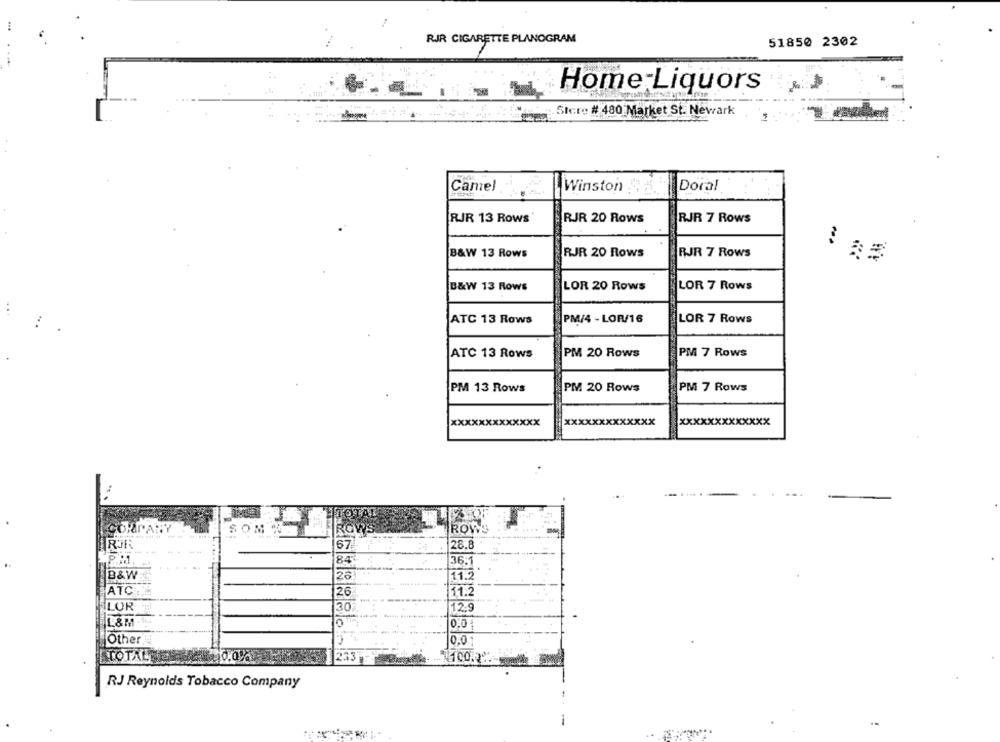
RJR CIGARETTE PLANOGRAM
51850 2302
Home Liquors
Sicre # 480 Market St. Newark
Canel
Winston
Doral
RJR 13 Rows
RJR 20 Rows
RJR 7 Rows
B&W 13 Rows
RJR 20 Rows
RJR 7 Rows
B&W 13 Rows
LOR 20 Rows
LOR 7 Rows
ATC 13 Rows
PM/4 - LOR/16
LOR 7 Rows
ATC 13 Rows
PM 20 Rows
PM 7 Rows
PM 13 Rows
PM 20 Rows
PM 7 Rows
xxx
xxxxxxxxxxxxx
COMPANY
SOM
ROWS
RJR
67.
28.8
84
36.1
B&W
26
11.2
ATC
26
11.2
LOR
30
12.9
0.0
Other
10.0
TOTAL
233
RJ Reynolds Tobacco Company
-